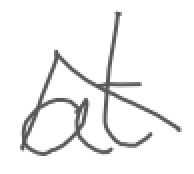
Text: at
Cross-out: zig-zag
Writing tool: digital_gray